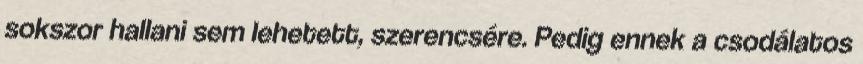
sokszor hallani sem lehetett, szerencsére. Pedig ennek a csodálatos